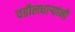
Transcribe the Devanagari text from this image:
वडीलधार्‍यांनी